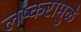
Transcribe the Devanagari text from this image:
लष्करामुळे